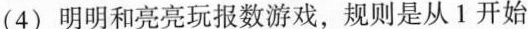
(4)明明和亮亮玩报数游戏，规则是从1开始